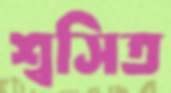
শ্বসিত